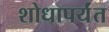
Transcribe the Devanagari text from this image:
शोधापर्यंत